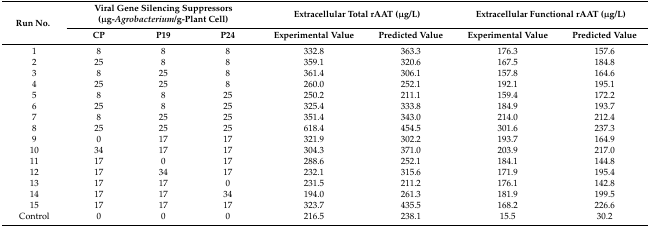
<table><thead><tr><td rowspan="2"><b>Run No.</b></td><td colspan="3"><b>Viral Gene Silencing Suppressors (μg-<i>Agrobacterium</i>/g-Plant Cell)</b></td><td colspan="2"><b>Extracellular Total rAAT (μg/L)</b></td><td colspan="2"><b>Extracellular Functional rAAT (μg/L)</b></td></tr><tr><td><b>CP</b></td><td><b>P19</b></td><td><b>P24</b></td><td><b>Experimental Value</b></td><td><b>Predicted Value</b></td><td><b>Experimental Value</b></td><td><b>Predicted Value</b></td></tr></thead><tbody><tr><td>1</td><td>8</td><td>8</td><td>8</td><td>332.8</td><td>363.3</td><td>176.3</td><td>157.6</td></tr><tr><td>2</td><td>25</td><td>8</td><td>8</td><td>359.1</td><td>320.6</td><td>167.5</td><td>184.8</td></tr><tr><td>3</td><td>8</td><td>25</td><td>8</td><td>361.4</td><td>306.1</td><td>157.8</td><td>164.6</td></tr><tr><td>4</td><td>25</td><td>25</td><td>8</td><td>260.0</td><td>252.1</td><td>192.1</td><td>195.1</td></tr><tr><td>5</td><td>8</td><td>8</td><td>25</td><td>250.2</td><td>211.1</td><td>159.4</td><td>172.2</td></tr><tr><td>6</td><td>25</td><td>8</td><td>25</td><td>325.4</td><td>333.8</td><td>184.9</td><td>193.7</td></tr><tr><td>7</td><td>8</td><td>25</td><td>25</td><td>351.4</td><td>343.0</td><td>214.0</td><td>212.4</td></tr><tr><td>8</td><td>25</td><td>25</td><td>25</td><td>618.4</td><td>454.5</td><td>301.6</td><td>237.3</td></tr><tr><td>9</td><td>0</td><td>17</td><td>17</td><td>321.9</td><td>302.2</td><td>193.7</td><td>164.9</td></tr><tr><td>10</td><td>34</td><td>17</td><td>17</td><td>304.3</td><td>371.0</td><td>203.9</td><td>217.0</td></tr><tr><td>11</td><td>17</td><td>0</td><td>17</td><td>288.6</td><td>252.1</td><td>184.1</td><td>144.8</td></tr><tr><td>12</td><td>17</td><td>34</td><td>17</td><td>232.1</td><td>315.6</td><td>171.9</td><td>195.4</td></tr><tr><td>13</td><td>17</td><td>17</td><td>0</td><td>231.5</td><td>211.2</td><td>176.1</td><td>142.8</td></tr><tr><td>14</td><td>17</td><td>17</td><td>34</td><td>194.0</td><td>261.3</td><td>181.9</td><td>199.5</td></tr><tr><td>15</td><td>17</td><td>17</td><td>17</td><td>323.7</td><td>435.5</td><td>168.2</td><td>226.6</td></tr><tr><td>Control</td><td>0</td><td>0</td><td>0</td><td>216.5</td><td>238.1</td><td>15.5</td><td>30.2</td></tr></tbody></table>